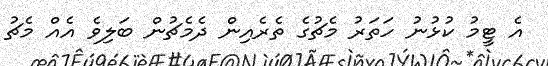
އެ ޓީމު ކުޅުނު ހަތަރު މެޗުގެ ތެރެއިން ދެމެޗުން ބަލިވެ އެއް މެޗު